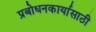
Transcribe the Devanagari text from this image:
प्रबोधनकार्यासाठी